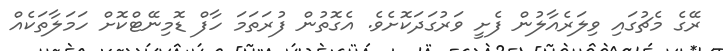
ރޭގެ މެޗުގައި ވިލަރެއާލުން ފެށީ ވަރުގަދަކޮށެވެ. އެގޮތުން ފުރަތަމަ ހާފް ޑޮމިނޭޓްކޮށް ހަމަލާތަކެއް